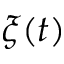
\xi ( t )